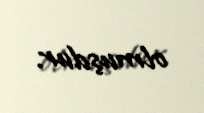
olmuşdur.